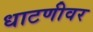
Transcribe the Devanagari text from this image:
धाटणीवर